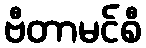
ဗီတာမင်စီ